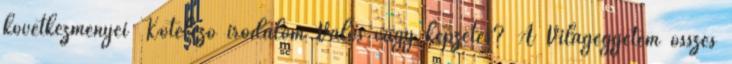
következményei Kötelező irodalom Valós vagy képzetes? A Világegyetem összes